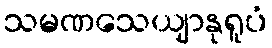
သမဏသေယျာနုရူပံ